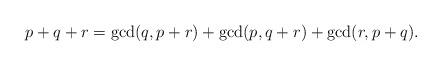
LaTeX: \begin{align*}p+q+r=\gcd(q,p+r)+\gcd(p,q+r)+\gcd(r,p+q). \end{align*}